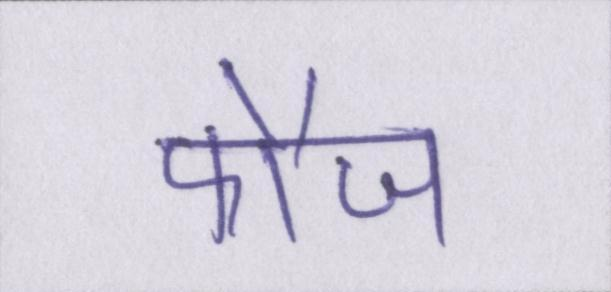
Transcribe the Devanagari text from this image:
फौज